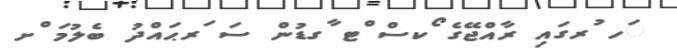
ަހ ުރގައި ރާއްޖޭގެ ޯކސް ްޓ ާގޑުން ސަ ަރޙައްދު ބެލުމަ ްށ